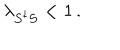
LaTeX: \lambda _ { S ^ { \dagger } S } < 1 \, .